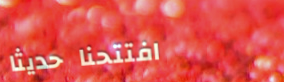
افتتحنا حديثاً